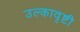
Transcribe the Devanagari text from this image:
उल्कावृष्टी